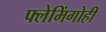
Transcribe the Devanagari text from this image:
फ्लेमिंगोही